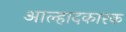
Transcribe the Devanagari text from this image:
आल्हादकारक